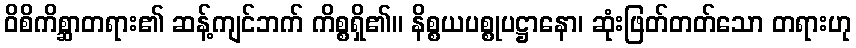
ဝိစိကိစ္ဆာတရား၏ ဆန့်ကျင်ဘက် ကိစ္စရှိ၏။ နိစ္စယပစ္စုပဋ္ဌာနော၊ ဆုံးဖြတ်တတ်သော တရားဟု